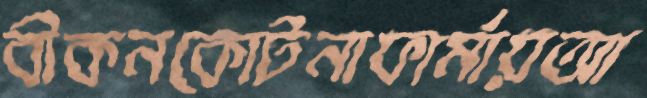
বীকনকোটনাফার্মায়আ